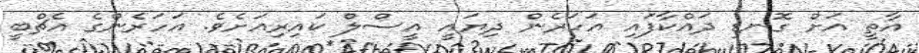
އާތީ އަށް ގޮނޑި ދައްކާފައި އަހަރެން ދިޔައީ އީސްލް ކައިރިއަށެވެ. އަހަރެންގެ އެޗްބީ